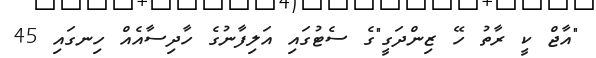
"އާޖް ކީ ރާތު ހޭ ޒިންދަގީ"ގެ ސެޓުގައި އަލިފާނުގެ ހާދިސާއެއް ހިނގައި 45